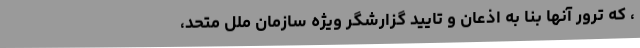
، که ترور آنها بنا به اذعان و تایید گزارشگر ویژه سازمان ملل متحد،